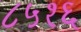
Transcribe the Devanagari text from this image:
८५१६